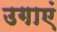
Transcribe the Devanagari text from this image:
उगाएं